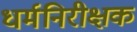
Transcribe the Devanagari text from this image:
धर्मनिरीक्षक